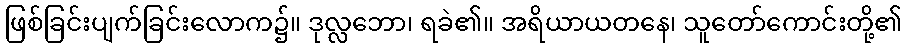
ဖြစ်ခြင်းပျက်ခြင်းလောက၌။ ဒုလ္လဘော၊ ရခဲ၏။ အရိယာယတနေ၊ သူတော်ကောင်းတို့၏